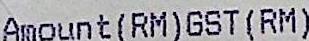
AMOUNT (RM) GST (RM)